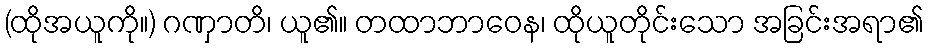
(ထိုအယူကို။) ဂဏှာတိ၊ ယူ၏။ တထာဘာဝေန၊ ထိုယူတိုင်းသော အခြင်းအရာ၏